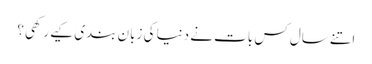
اتنے سال کس بات نے دنیا کی زبان بندی کیے رکھی؟